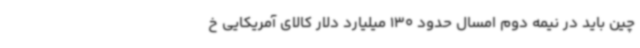
چین باید در نیمه دوم امسال حدود 130 میلیارد دلار کالای آمریکایی خ